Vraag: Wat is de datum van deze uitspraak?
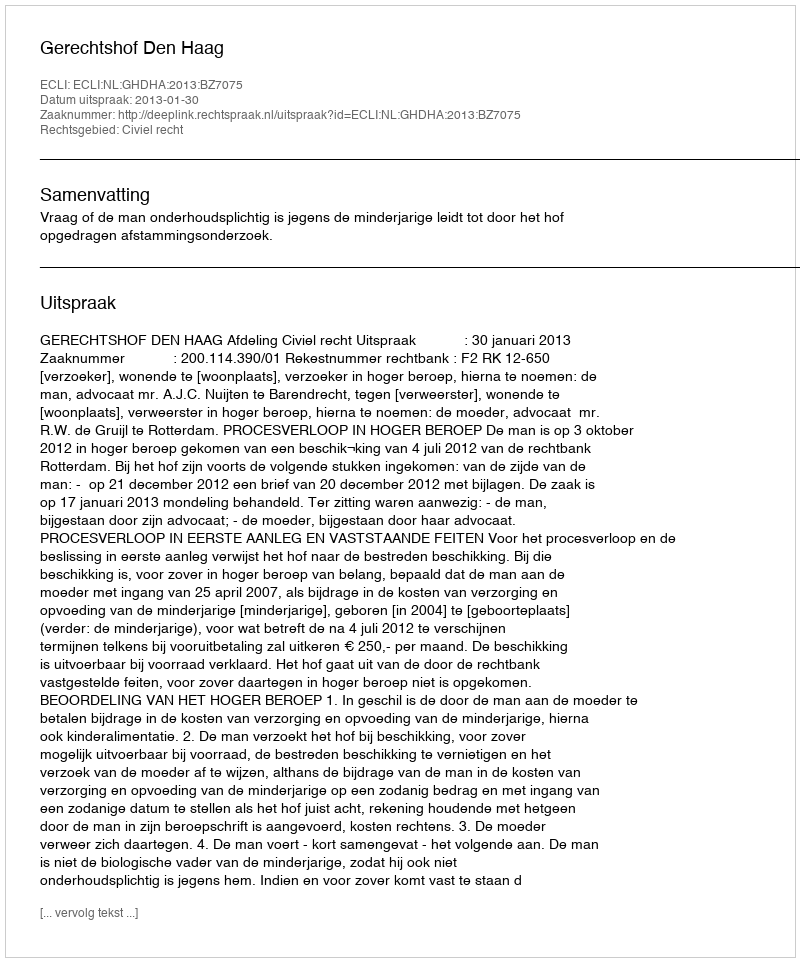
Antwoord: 2013-01-30